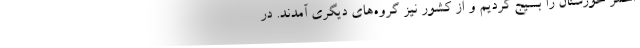
احمر خوزستان را بسیج کردیم و از کشور نیز گروه‌های دیگری آمدند. در